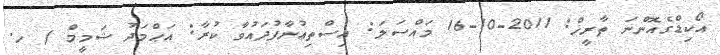
އޯކިޑްގެއޮންނަ ތާރީޚް: 2011-10-16 މައްސަލަ: އިސްތިޢުނާފުދައުވާ ކުރާ: އަޙްމަދު ޝަމީމް / ހ.